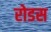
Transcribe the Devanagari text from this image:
रोडस